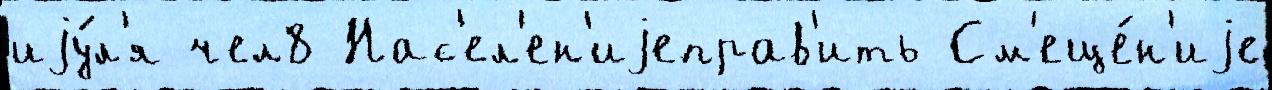
иjу́л'я чел8 Нас'ел'ен'иjеправ'ить См'еще́н'иjе